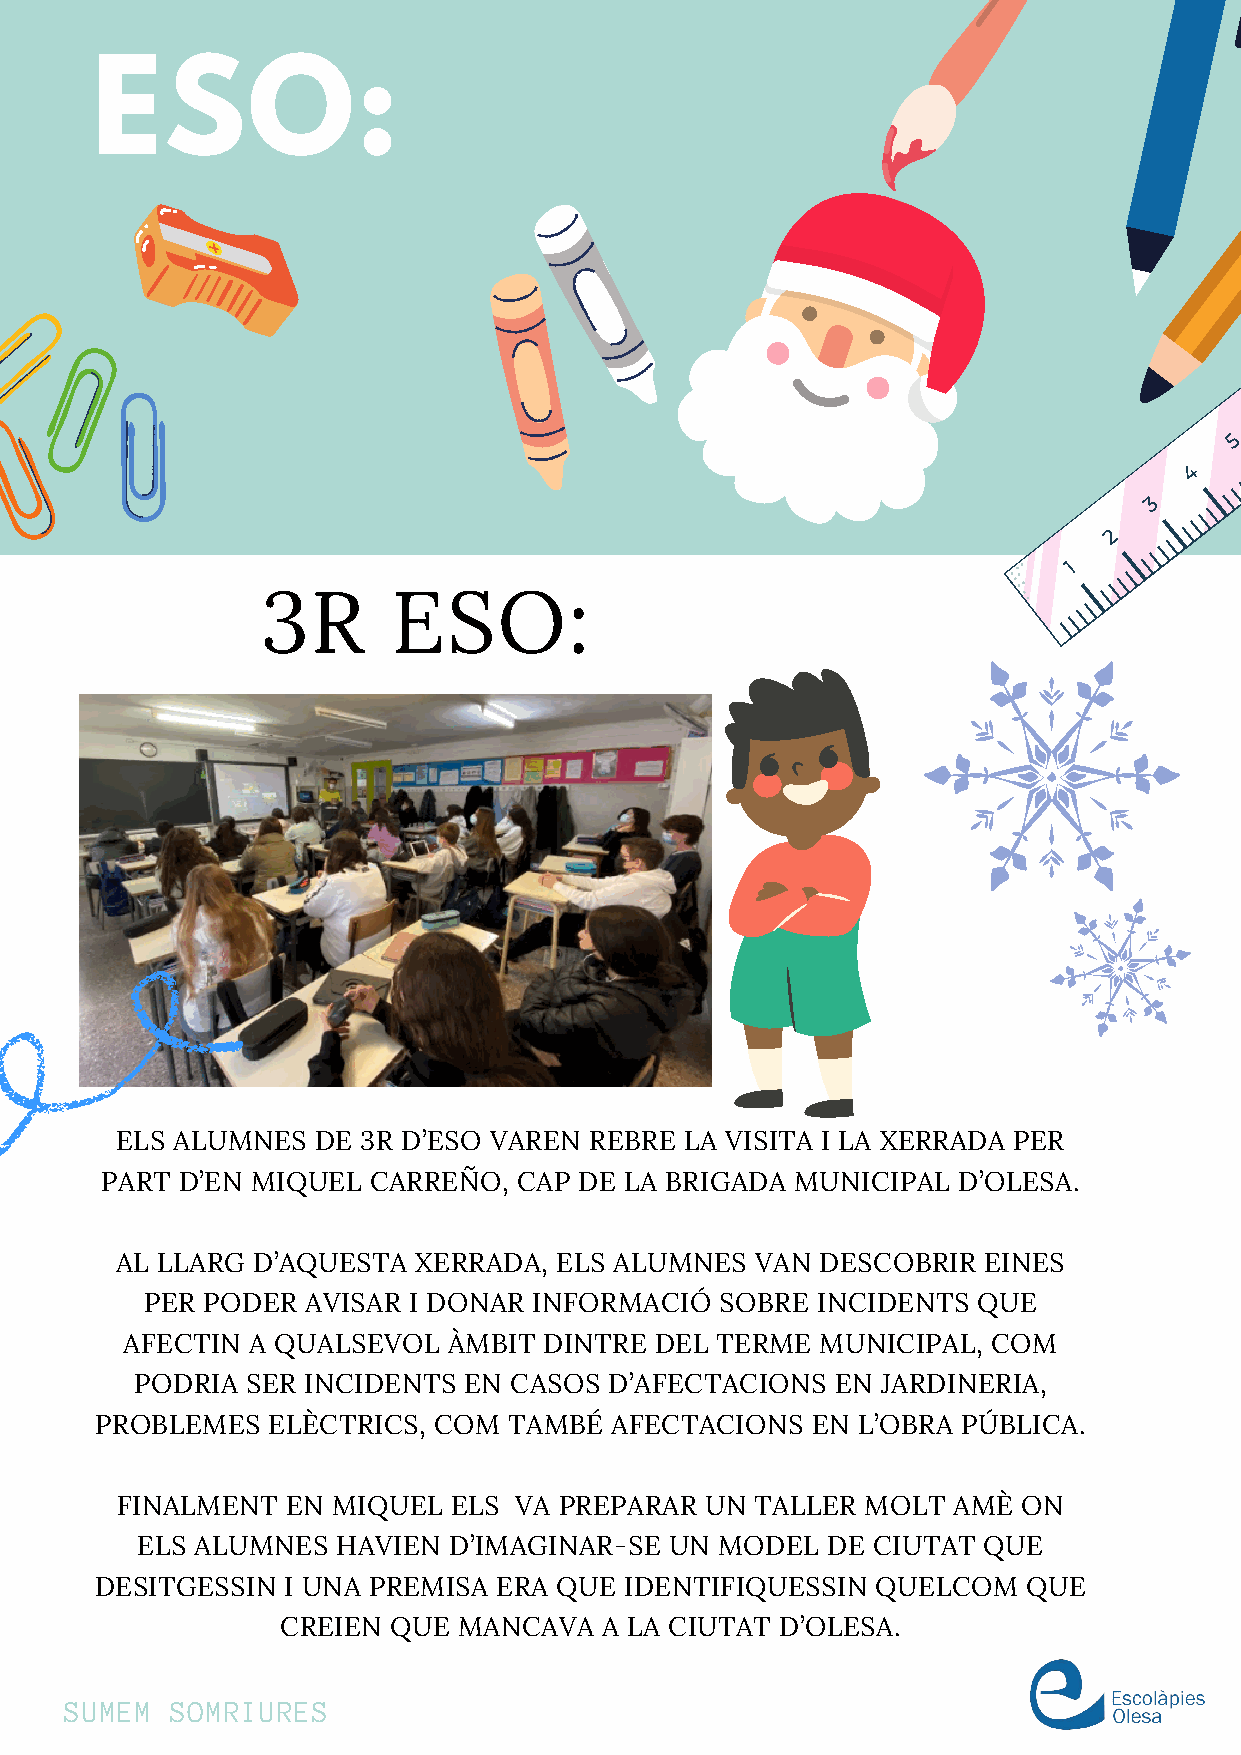
ESO:
 3R       ESO:
 ELS ALUMNES  DE 3R D’ESO VAREN REBRE LA VISITA I LA XERRADA PER
 PART D’EN MIQUEL CARREÑO,  CAP DE LA BRIGADA  MUNICIPAL D’OLESA.
 AL LLARG D’AQUESTA XERRADA,  ELS ALUMNES  VAN DESCOBRIR  EINES
 PER PODER AVISAR I DONAR INFORMACIÓ   SOBRE INCIDENTS  QUE
 AFECTIN A QUALSEVOL   ÀMBIT DINTRE DEL TERME  MUNICIPAL,  COM
 PODRIA SER INCIDENTS  EN CASOS D’AFECTACIONS  EN JARDINERIA,
 PROBLEMES   ELÈCTRICS, COM  TAMBÉ AFECTACIONS   EN L’OBRA PÚBLICA.
 FINALMENT  EN MIQUEL  ELS VA PREPARAR  UN TALLER MOLT  AMÈ  ON
 ELS ALUMNES  HAVIEN  D’IMAGINAR-SE UN  MODEL  DE CIUTAT QUE
 DESITGESSIN  I UNA PREMISA ERA QUE IDENTIFIQUESSIN  QUELCOM   QUE
 CREIEN QUE MANCAVA   A LA CIUTAT D’OLESA.
 SUMEM  SOMRIURES